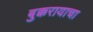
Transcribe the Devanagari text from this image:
बुक्करायाचा